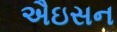
ઐઇસન